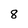
Character: 8